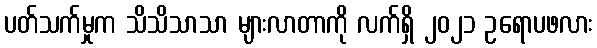
ပတ်သက်မှုက သိသိသာသာ များလာတာကို လက်ရှိ ၂၀၂၁ ဥရောပဖလား